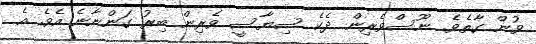
ވުން ގާތެވެ. ނޫސްވެރިން ދެކެ ސިޔާސީ ވެރިން ބިރު ގަންނާނެ އެވެ. އެ